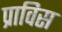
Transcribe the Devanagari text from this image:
प्राविस